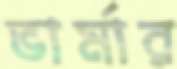
ভার্মার